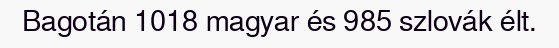
Bagotán 1018 magyar és 985 szlovák élt.